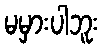
မမှားပါဘူး